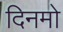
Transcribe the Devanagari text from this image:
दिनमो